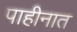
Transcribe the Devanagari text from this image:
पाहीनात